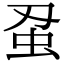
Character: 𮓵